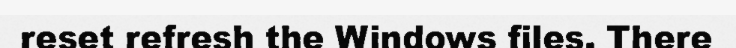
reset refresh the Windows files. There